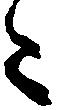
々